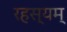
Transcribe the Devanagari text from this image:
रहस्यम्